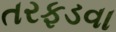
તરફડવા